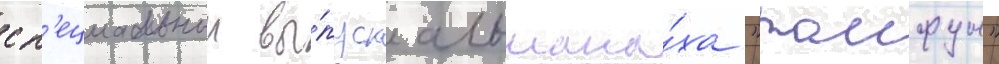
сп'ециальныи вы́пуск альмана́ха "таифун"